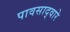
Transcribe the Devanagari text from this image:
पावसाद्वारे